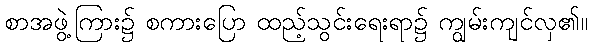
စာအဖွဲ့ကြား၌ စကားပြော ထည့်သွင်းရေးရာ၌ ကျွမ်းကျင်လှ၏။